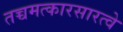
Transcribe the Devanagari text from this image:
तच्चमत्कारसारत्वे